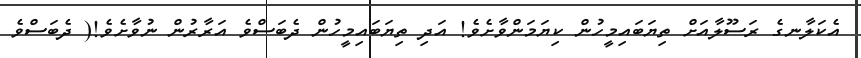
އެކަލާނގެ ރަސޫލާއަށް ތިޔަބައިމީހުން ކިޔަމަންވާށެވެ! އަދި ތިޔަބައިމީހުން ދެބަސްވެ އަރާރުން ނުވާށެވެ!( ދެބަސްވެ